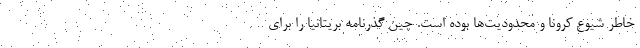
خاطر شیوع کرونا و محدودیت‌ها بوده است. چین گذرنامه بریتانیا را برای